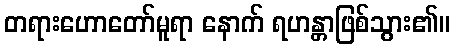
တရားဟောတော်မူရာ နောက် ရဟန္တာဖြစ်သွား၏။